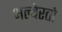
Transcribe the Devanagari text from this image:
अल्बेरतो